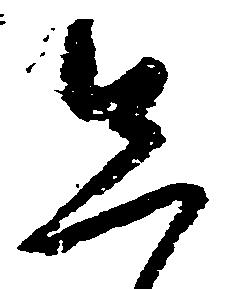
先